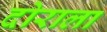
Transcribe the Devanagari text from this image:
दोराला